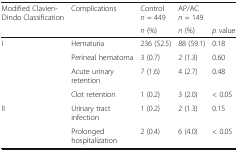
| <ROWSPAN=2> Modified Clavien-Dindo Classification | <ROWSPAN=2> Complications | Controln = 449 | AP/ACn = 149 |  |
 | n (%) | n (%) | p value |
 | --- | --- | --- | --- | --- |
 | <ROWSPAN=4> I | Hematuria | 236 (52.5) | 88 (59.1) | 0.18 |
 | Perineal hematoma | 3 (0.7) | 2 (1.3) | 0.60 |
 | Acute urinary retention | 7 (1.6) | 4 (2.7) | 0.48 |
 | Clot retention | 1 (0.2) | 3 (2.0) | < 0.05 |
 | II | Urinary tract infection | 1 (0.2) | 2 (1.3) | 0.15 |
 |  | Prolonged hospitalization | 2 (0.4) | 6 (4.0) | < 0.05 |